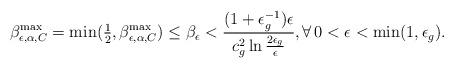
LaTeX: \begin{align*}\beta_{\epsilon,\alpha,C}^{\max}=\min(\tfrac{1}{2},\beta_{\epsilon,\alpha,C}^{\max})\le \beta_\epsilon < \frac{(1+\epsilon_g^{-1})\epsilon}{c_g^2\ln \tfrac{2\epsilon_g}{\epsilon}}, \forall\, 0<\epsilon<\min(1,\epsilon_g).\end{align*}